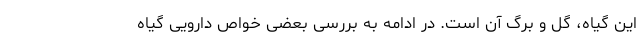
این گیاه، گل و برگ آن است. در ادامه به بررسی بعضی خواص دارویی گیاه